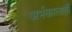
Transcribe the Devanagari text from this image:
अर्भकालाही